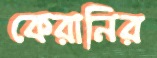
কেরানির